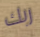
ربك